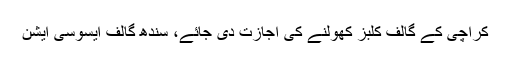
کراچی کے گالف کلبز کھولنے کی اجازت دی جائے، سندھ گالف ایسوسی ایشن